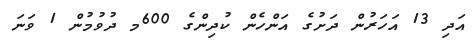
އަދި 13 އަހަރުން ދަށުގެ އަންހެން ކުދިންގެ 600މ ދުވުމުން 1 ވަނަ